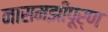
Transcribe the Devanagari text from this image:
नासमझीपूर्ण